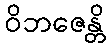
ဝိဘဇေန္တိ